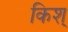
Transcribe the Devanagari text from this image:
किश्